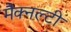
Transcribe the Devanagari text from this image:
मैक्नल्टी